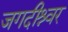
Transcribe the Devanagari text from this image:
जगदीश्र्वर